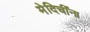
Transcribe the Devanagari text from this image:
मेदिचींना